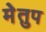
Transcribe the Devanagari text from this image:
मेेतुप